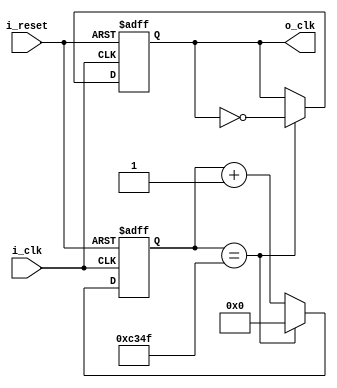
`timescale 1ns / 1ps
//////////////////////////////////////////////////////////////////////////////////
// Company: 
// Engineer: 
// 
// Design Name: 
// Module Name: clock_divider_FND
// Project Name: 
// Target Devices: 
// Tool Versions: 
// Description: 
// 
// Dependencies: 
// 
// Revision:
// Revision 0.01 - File Created
// Additional Comments:
// 
//////////////////////////////////////////////////////////////////////////////////


module clock_divider_FND(
    input i_clk, i_reset,
    output o_clk
    );


    reg r_clk = 0;
    reg [15:0] r_counter = 0;
    assign o_clk = r_clk;
    
    always @(posedge i_clk or posedge i_reset) begin
        if(i_reset) begin
            r_clk <= 1'b0;
            r_counter <= 0;
        end
        else begin
            if(r_counter == 49999) begin
                r_counter <= 0;
                r_clk <= ~r_clk;
            end
            else r_counter <= r_counter + 1;
        end
    end
endmodule